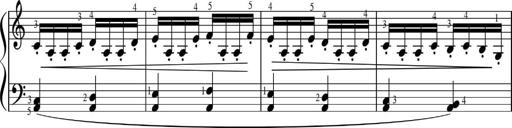
Title: Sonatinas
Composer: Andrew Violette